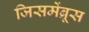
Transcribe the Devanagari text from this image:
जिसमेंब्रूस